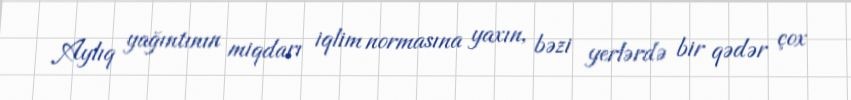
Aylıq yağıntının miqdarı iqlim normasına yaxın, bəzi yerlərdə bir qədər çox